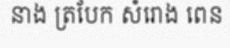
នាង ត្របែក សំរោង ពេន